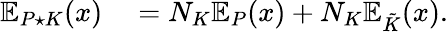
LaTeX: \begin{array}{rl}{\mathbb{E}_{P\star K}(x)}&{{}=N_{K}\mathbb{E}_{P}(x)+N_{K}\mathbb{E}_{\tilde{K}}(x).}\end{array}